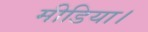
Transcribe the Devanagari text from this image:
मीडिया।